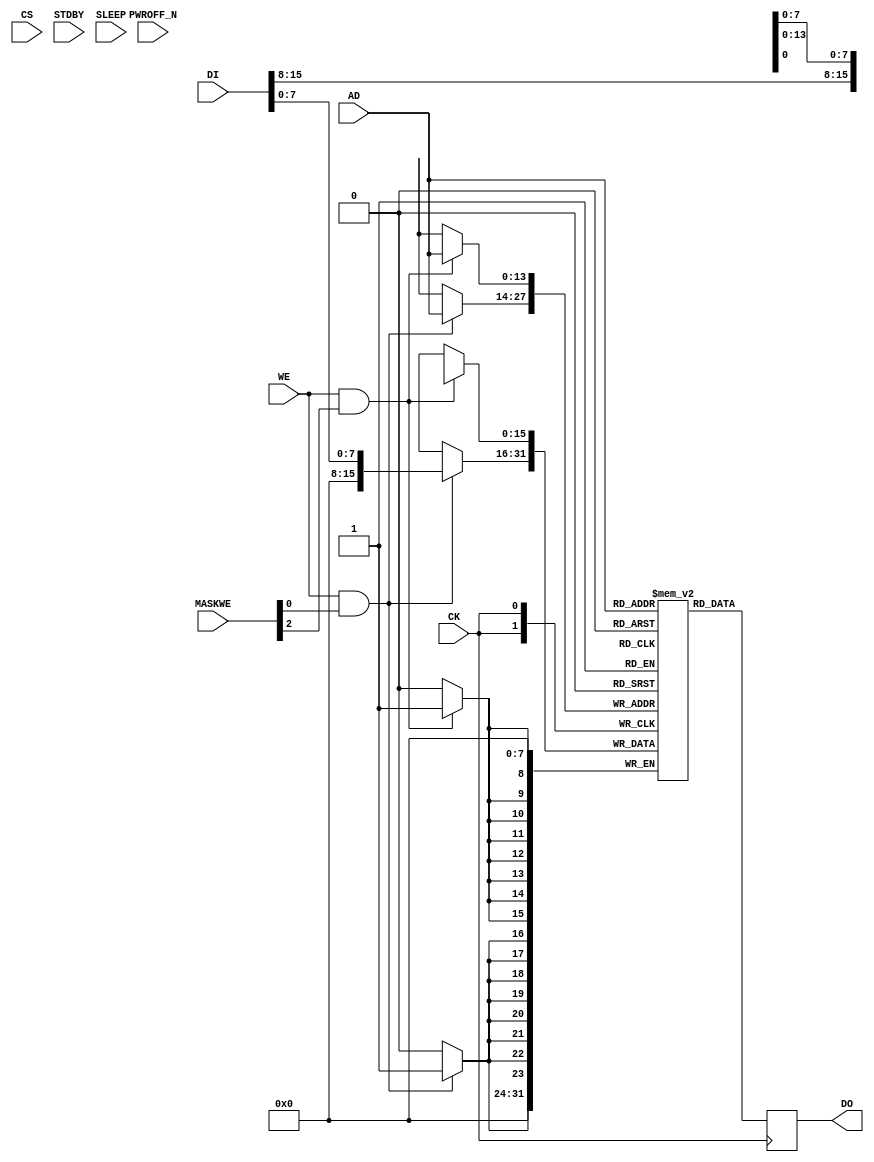
// This program was cloned from: https://github.com/PulseRain/Reindeer
// License: Apache License 2.0



`default_nettype none

module SP256K (

    input wire [13:0] AD,
    input wire [15:0] DI,
    input wire [3:0] MASKWE,
    input wire WE,
    input wire CS,
    input wire CK,
    input wire STDBY,
    input wire SLEEP,
    input wire PWROFF_N,
    output wire [15:0] DO
);


    wire [13 : 0]         addr;
    wire [15 : 0]         din;
    wire [1 : 0]          write_en;
    wire                  clk;
    reg [15 : 0]          dout;
    
    assign clk = CK;
    assign DO = dout;
    assign addr = AD;
    assign din = DI;
    assign write_en = {WE & MASKWE [2], WE & MASKWE [0]};
    
    

    reg [15 : 0] mem [(1<<14)-1:0];
    genvar i;
    generate
        for (i = 0; i < 2; i = i + 1) begin : gen_proc
            always @(posedge clk) begin
                if (write_en[i]) begin
                    mem[(addr)][8 * (i + 1) - 1 : 8 * i] <= din[8 * (i + 1) - 1 : 8 * i];
                end
            end
        end
    endgenerate
 
    always @(posedge clk) begin
        dout <= mem[addr];
    end

endmodule

`default_nettype wire